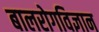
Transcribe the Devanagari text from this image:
बालरोगविज्ञान